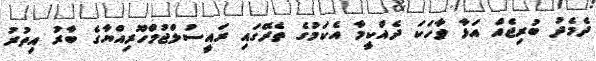
ދެމެދު ބުރިޖެއް އަޅާ ވާހަކަ ދެއްކީމާ އެކަމުގެ ތެރޭގައި ރައީސުލްޖުމްހޫރިއްޔާގެ ބާރު އިތުރު